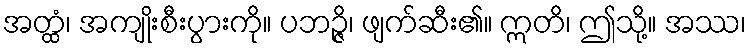
အတ္ထံ၊ အကျိုးစီးပွားကို။ ပဘဉ္ဇိ၊ ဖျက်ဆီး၏။ ဣတိ၊ ဤသို့။ အဿ၊